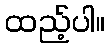
ထည့်ပါ။